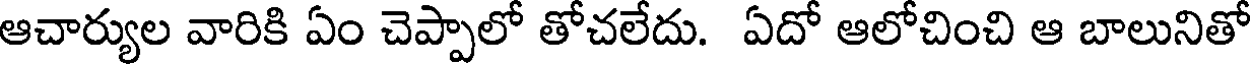
ఆచార్యుల వారికి ఏం చెప్పాలో తోచలేదు. ఏదో ఆలోచించి ఆ బాలునితో